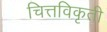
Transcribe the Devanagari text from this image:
चित्तविकृती